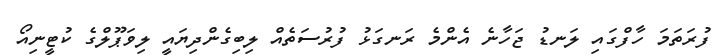
ފުރަތަމަ ހާފްގައި ލަނޑު ޖަހާނެ އެންމެ ރަނގަޅު ފުރުސަތެއް ލިބިގެންދިޔައީ ލިވަޕޫލްގެ ކުޓީނިއޯ